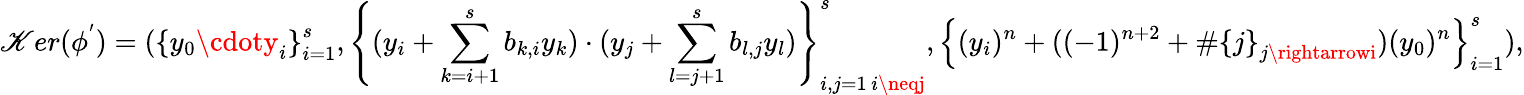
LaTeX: \mathscr{K}er(\phi^{'})=(\left\{ y_{0}\cdoty_{i}\right\} _{i=1}^{s},\left\{ (y_{i}+\sum_{k=i+1}^{s}b_{k,i}y_{k})\cdot(y_{j}+\sum_{l=j+1}^{s}b_{l,j}y_{l})\right\} _{\substack{i,j=1\, i\neqj}}^{s},\left\{ (y_{i})^{n}+((-1)^{n+2}+\# \left\{ j\right\} _{j\rightarrowi})(y_{0})^{n}\right\} _{i=1}^{s}),